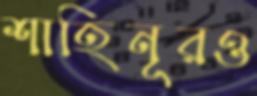
শাহিনূরও